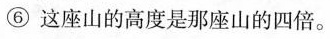
⑥这座山的高度是那座山的四倍。